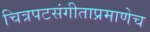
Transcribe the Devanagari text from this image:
चित्रपटसंगीताप्रमाणेच